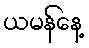
ယမန်နေ့